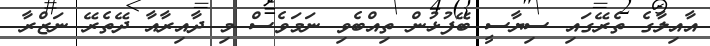
އާއިލާގެ ތެރޭގައި ސިޔާސީ ބޭފުޅުން ތިއްބެވި ނަމަވެސް މި ދާއިރާއާ ދޭތެރޭ ނަޒްރާ